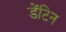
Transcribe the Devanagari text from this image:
डेंटिन